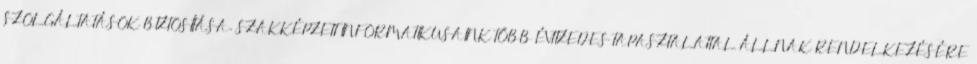
SZOLGÁLTATÁSOK BIZTOSÍTÁSA. SZAKKÉPZETT INFORMATIKUSAINK TÖBB ÉVTIZEDES TAPASZTALATTAL ÁLLNAK RENDELKEZÉSÉRE